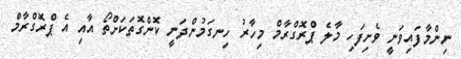
ނިންމާފައިވަނީ ވެށިފަހި މާލެ ޕްރޮގްރާމް މިހާރު ހިނގަމުންދަނީ ކޮންގޮތަކަށްތޯ އާއި އެ ޕްރޮގްރާމް